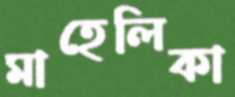
মাহেলিকা